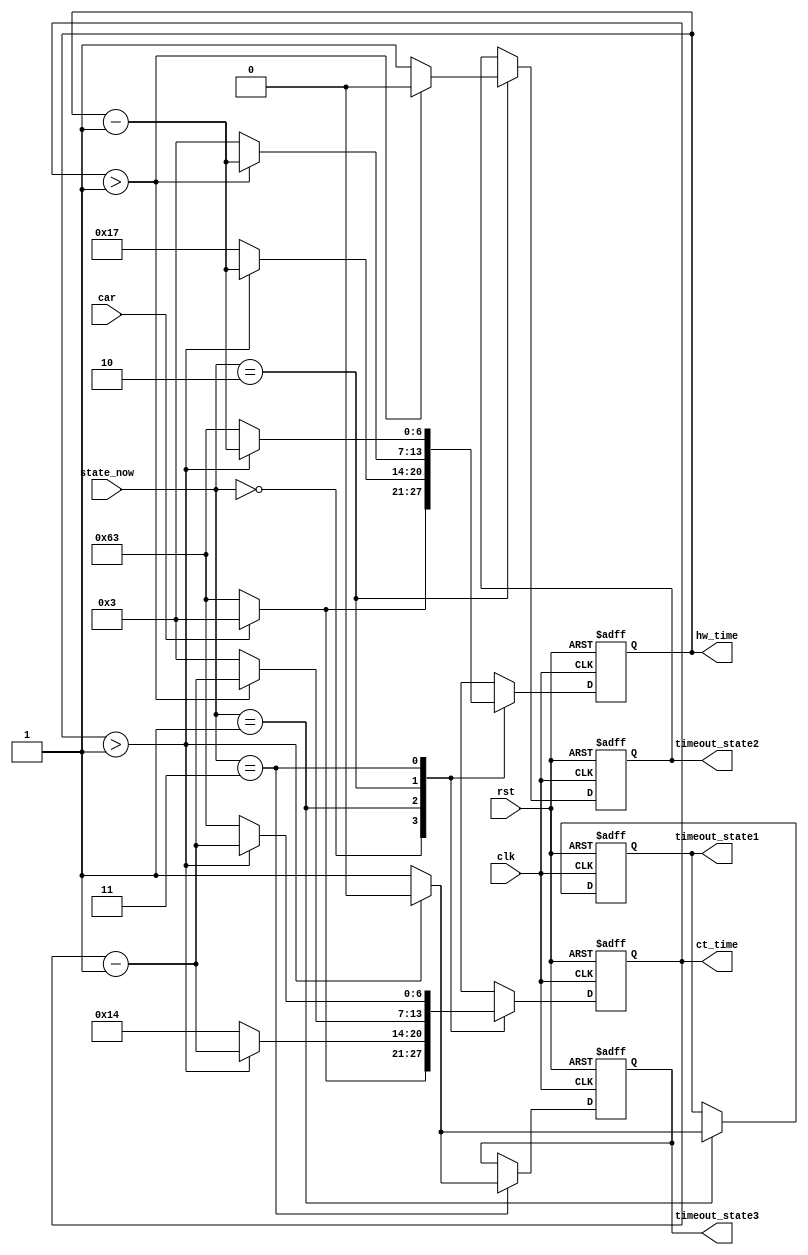
module Timer(
	input               clk,
	input               rst,
	input       [0:0]   car,
	input       [1:0]   state_now,
    output reg  [6:0]   hw_time,
    output reg  [6:0]   ct_time,
    output reg  [0:0]   timeout_state1,
    output reg  [0:0]   timeout_state2,
    output reg  [0:0]   timeout_state3
	);
	
	localparam [1:0] 
        GreenRed    = 2'b00,
        YellowRed   = 2'b01,
        RedGreen    = 2'b10,
        RedYellow   = 2'b11;
    localparam [1:0]
        GREEN   = 2'b00, 
        RED     = 2'b01,
        YELLOW  = 2'b10; 
        
	always@(posedge clk or negedge rst) begin
	    if(!rst) begin 
	        hw_time <= 99;
            ct_time <= 99;
			timeout_state1 <= 0;
			timeout_state2 <= 0;
			timeout_state3 <= 0;
	    end
	    else begin
        case(state_now)
            GreenRed: begin
                if (!car) begin
                    hw_time <= 99;
                    ct_time <= 99;
                end
                else begin
                    hw_time <= 3;
                    ct_time <= 3;
                end
            end
            YellowRed: begin
                //hw_time = 3; ct_time = 3;
				if (hw_time > 1) begin
					hw_time <= hw_time - 1;
					ct_time <= ct_time - 1;
					timeout_state1 <= 0;
				end
				else begin
				    hw_time <= 23;
                    ct_time <= 20;
					timeout_state1 <= 1;
				end
            end
            
            RedGreen: begin
                //hw_time = 23; ct_time = 20;
				if (ct_time > 1) begin
					hw_time <= hw_time - 1;
					ct_time <= ct_time - 1;
					timeout_state2 <= 0;
				end
				else begin
				    hw_time <= 3;
                    ct_time <= 3;
					timeout_state2 <= 1;
				end
            end
            
            RedYellow: begin
                //hw_time = 3; ct_time = 3;
				if (hw_time > 1) begin
					hw_time <= hw_time - 1;
					ct_time <= ct_time - 1;
					timeout_state3 <= 0;
				end
				else begin
				    hw_time <= 99;
                    ct_time <= 99;
					timeout_state3 <= 1;
				end
            end
            
            default: begin
                hw_time <= 88;
                ct_time <= 88;
            end
        endcase
        end
    end
endmodule